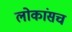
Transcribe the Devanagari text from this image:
लोकांसच